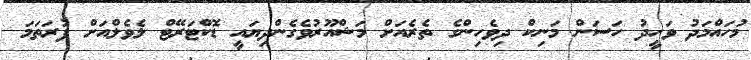
މުހައްމަދު ވަހީދު ހަސަން މަނިކް ދިވެހިންގެ ތެރެއަށް މަޝްއޫރުވެގެންދިޔައީ ޑޮކްޓަރޭޓް ލެވެލްއަށް ފުރަތަމަ